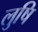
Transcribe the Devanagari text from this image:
लुषि